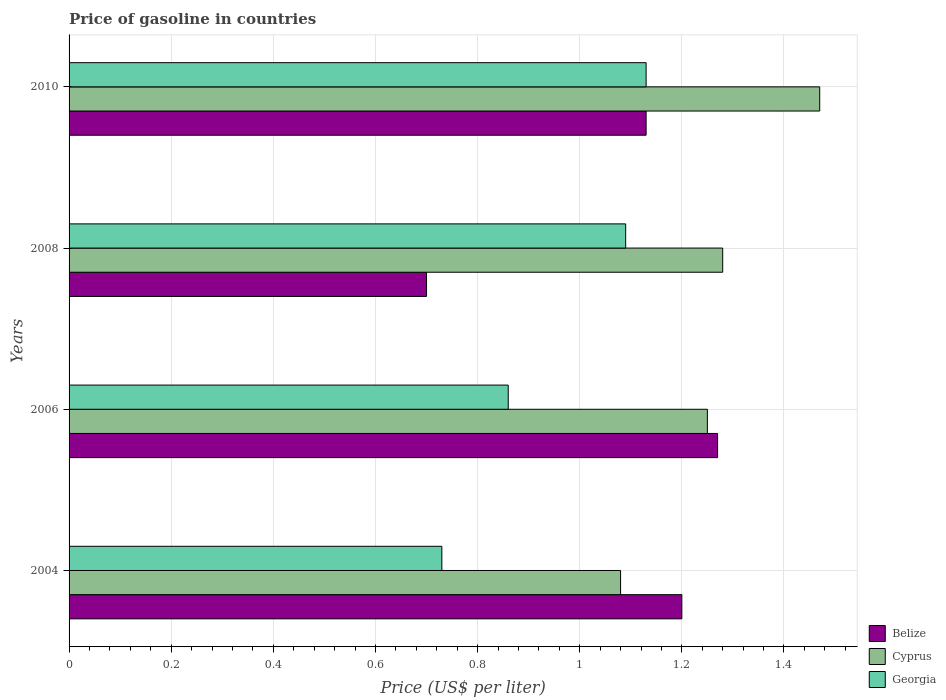
| Years | Belize | Cyprus | Georgia |
 | --- | --- | --- | --- |
 | 2004 | 1.2 | 1.08 | 0.73 |
 | 2006 | 1.27 | 1.25 | 0.86 |
 | 2008 | 0.7 | 1.28 | 1.09 |
 | 2010 | 1.13 | 1.47 | 1.13 |